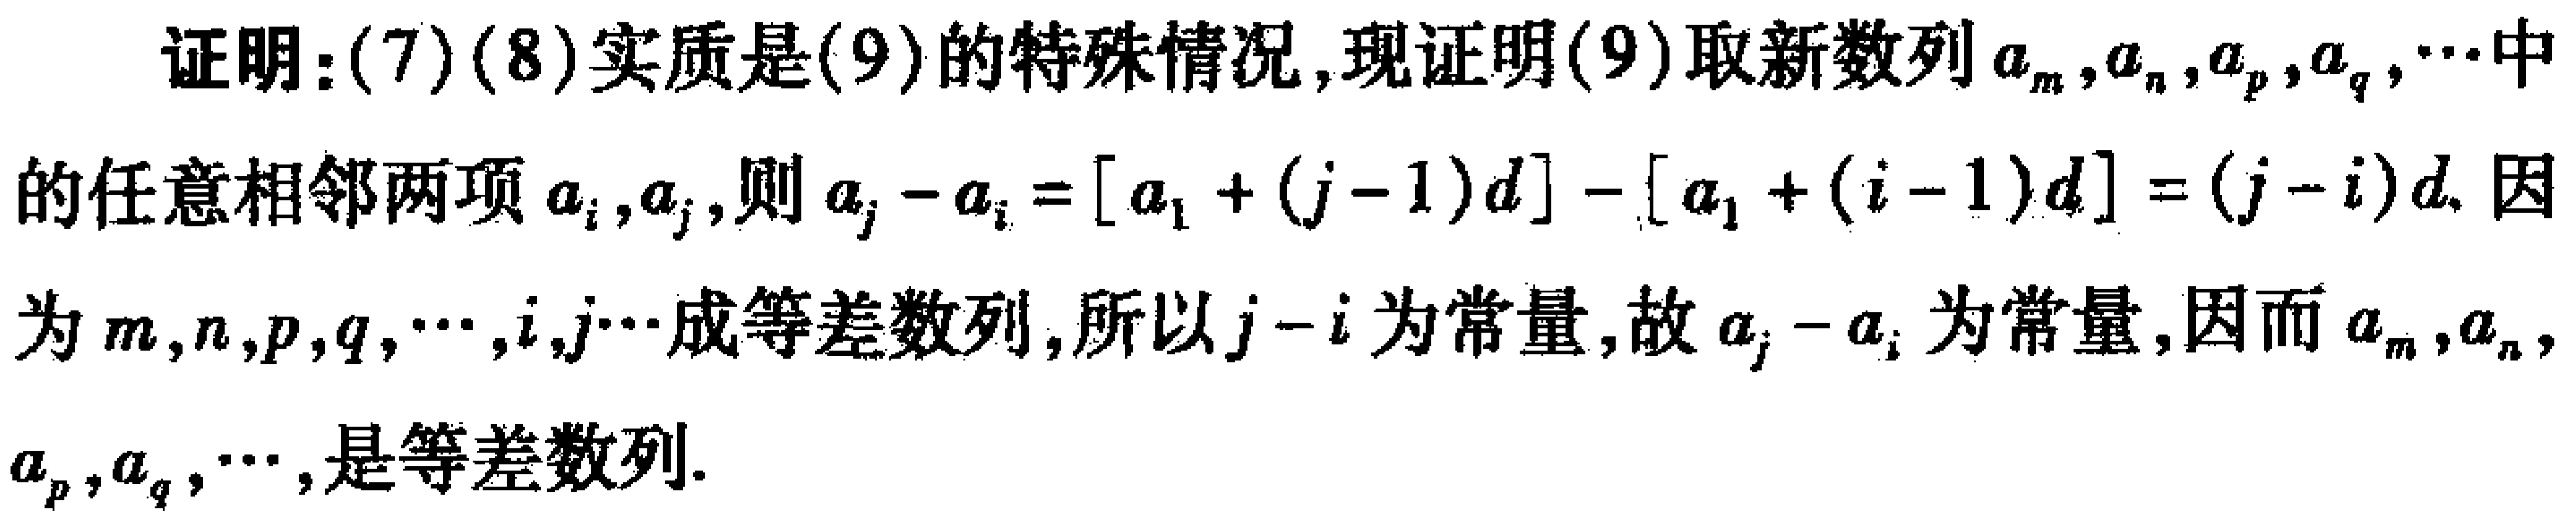
证明：(7)(8)实质是(9)的特殊情况, 现证明(9)取新数列\(a_{m},a_{n},a_{p},a_{q},\cdots\)中的任意相邻两项\(a_{i},a_{j}\), 则\(a_{j}-a_{i}=[a_{1}+(j - 1)d]-[a_{1}+(i - 1)d]=(j - i)d\). 因为\(m,n,p,q,\cdots,i,j\cdots\)成等差数列, 所以\(j - i\)为常量, 故\(a_{j}-a_{i}\)为常量, 因而\(a_{m},a_{n},a_{p},a_{q},\cdots,\)是等差数列.